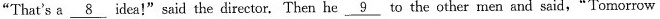
"That's a \underline{8} idea!"said the director. Then he \underline{9} to the other men and said,"Tomorrow